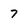
Character: 7